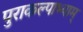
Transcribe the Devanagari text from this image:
पुराकल्पाभ्याम्